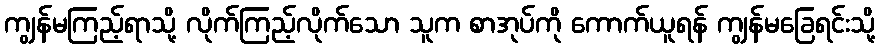
ကျွန်မကြည့်ရာသို့ လိုက်ကြည့်လိုက်သော သူက စာအုပ်ကို ကောက်ယူရန် ကျွန်မခြေရင်းသို့